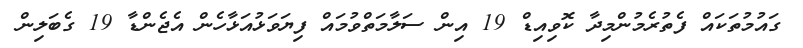
ގައުމުތަކައް ފެތުރެމުންމިދާ ކޮވިއިޑް 19 އިން ސަލާމަތްވުމައް ފިޔަވަޅުއަޅާހެން އެޖެންޑާ 19 ގެބަލިން